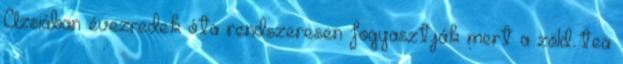
Ázsiában évezredek óta rendszeresen fogyasztják mert a zöld tea